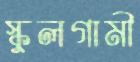
স্কুলগামী